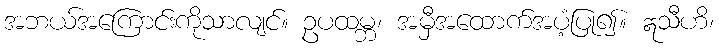
အဘယ်အကြောင်းကိုသာလျင်။ ဥပထမ္ဘ၊ အမှီအထောက်အပံ့ပြု၍။ ဣသီဟိ၊